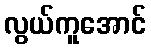
လွယ်ကူအောင်